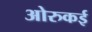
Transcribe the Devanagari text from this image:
ओरुकई